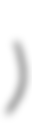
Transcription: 川上)